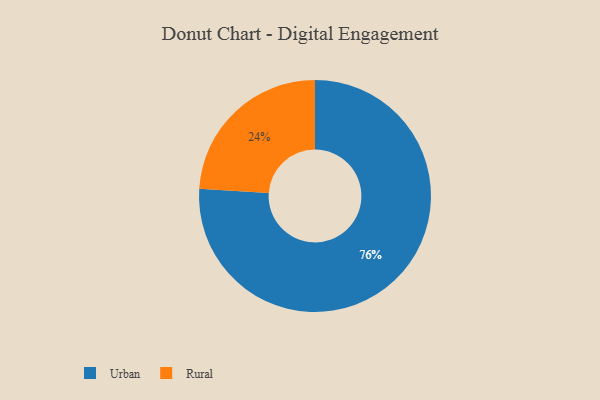
{"axis": {"x": "Category", "y": "Percentage"}, "legend": ["Rural", "Urban"], "data": [{"x": "Urban", "y": 76, "type": "Urban"}, {"x": "Rural", "y": 24, "type": "Rural"}]}